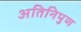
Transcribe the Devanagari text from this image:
अतिनिपुण